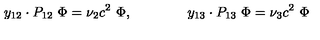
y _ { 1 2 } \cdot P _ { 1 2 } \ \Phi = \nu _ { 2 } c ^ { 2 } \ \Phi , \qquad \qquad y _ { 1 3 } \cdot P _ { 1 3 } \ \Phi = \nu _ { 3 } c ^ { 2 } \ \Phi